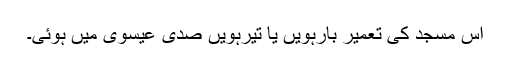
اس مسجد کی تعمیر بارہویں یا تیرہویں صدی عیسوی میں ہوئی۔